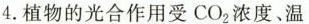
4. 植物的光合作用受C O_{2}浓度。温